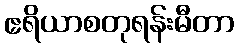
ဧရိယာစတုရန်းမီတာ